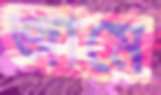
জামে